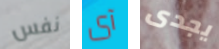
نفس آى يجدى